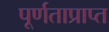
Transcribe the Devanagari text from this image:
पूर्णताप्राप्त